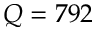
Q = 7 9 2